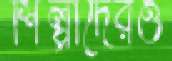
শিল্পীদেরও